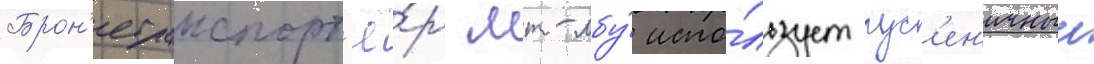
Брон'етранспорт'ё́р мт-лбу́ испо́льзует гус'ен'ичныи